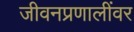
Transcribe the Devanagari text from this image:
जीवनप्रणालींवर